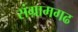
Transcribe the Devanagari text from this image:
संग्रामगढ